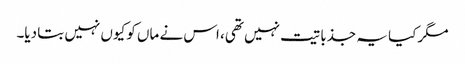
مگر کیا یہ جذباتیت نہیں تھی، اس نے ماں کو کیوں نہیں بتا دیا۔